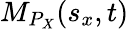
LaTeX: M_{P_{X}}(s_{x},t)